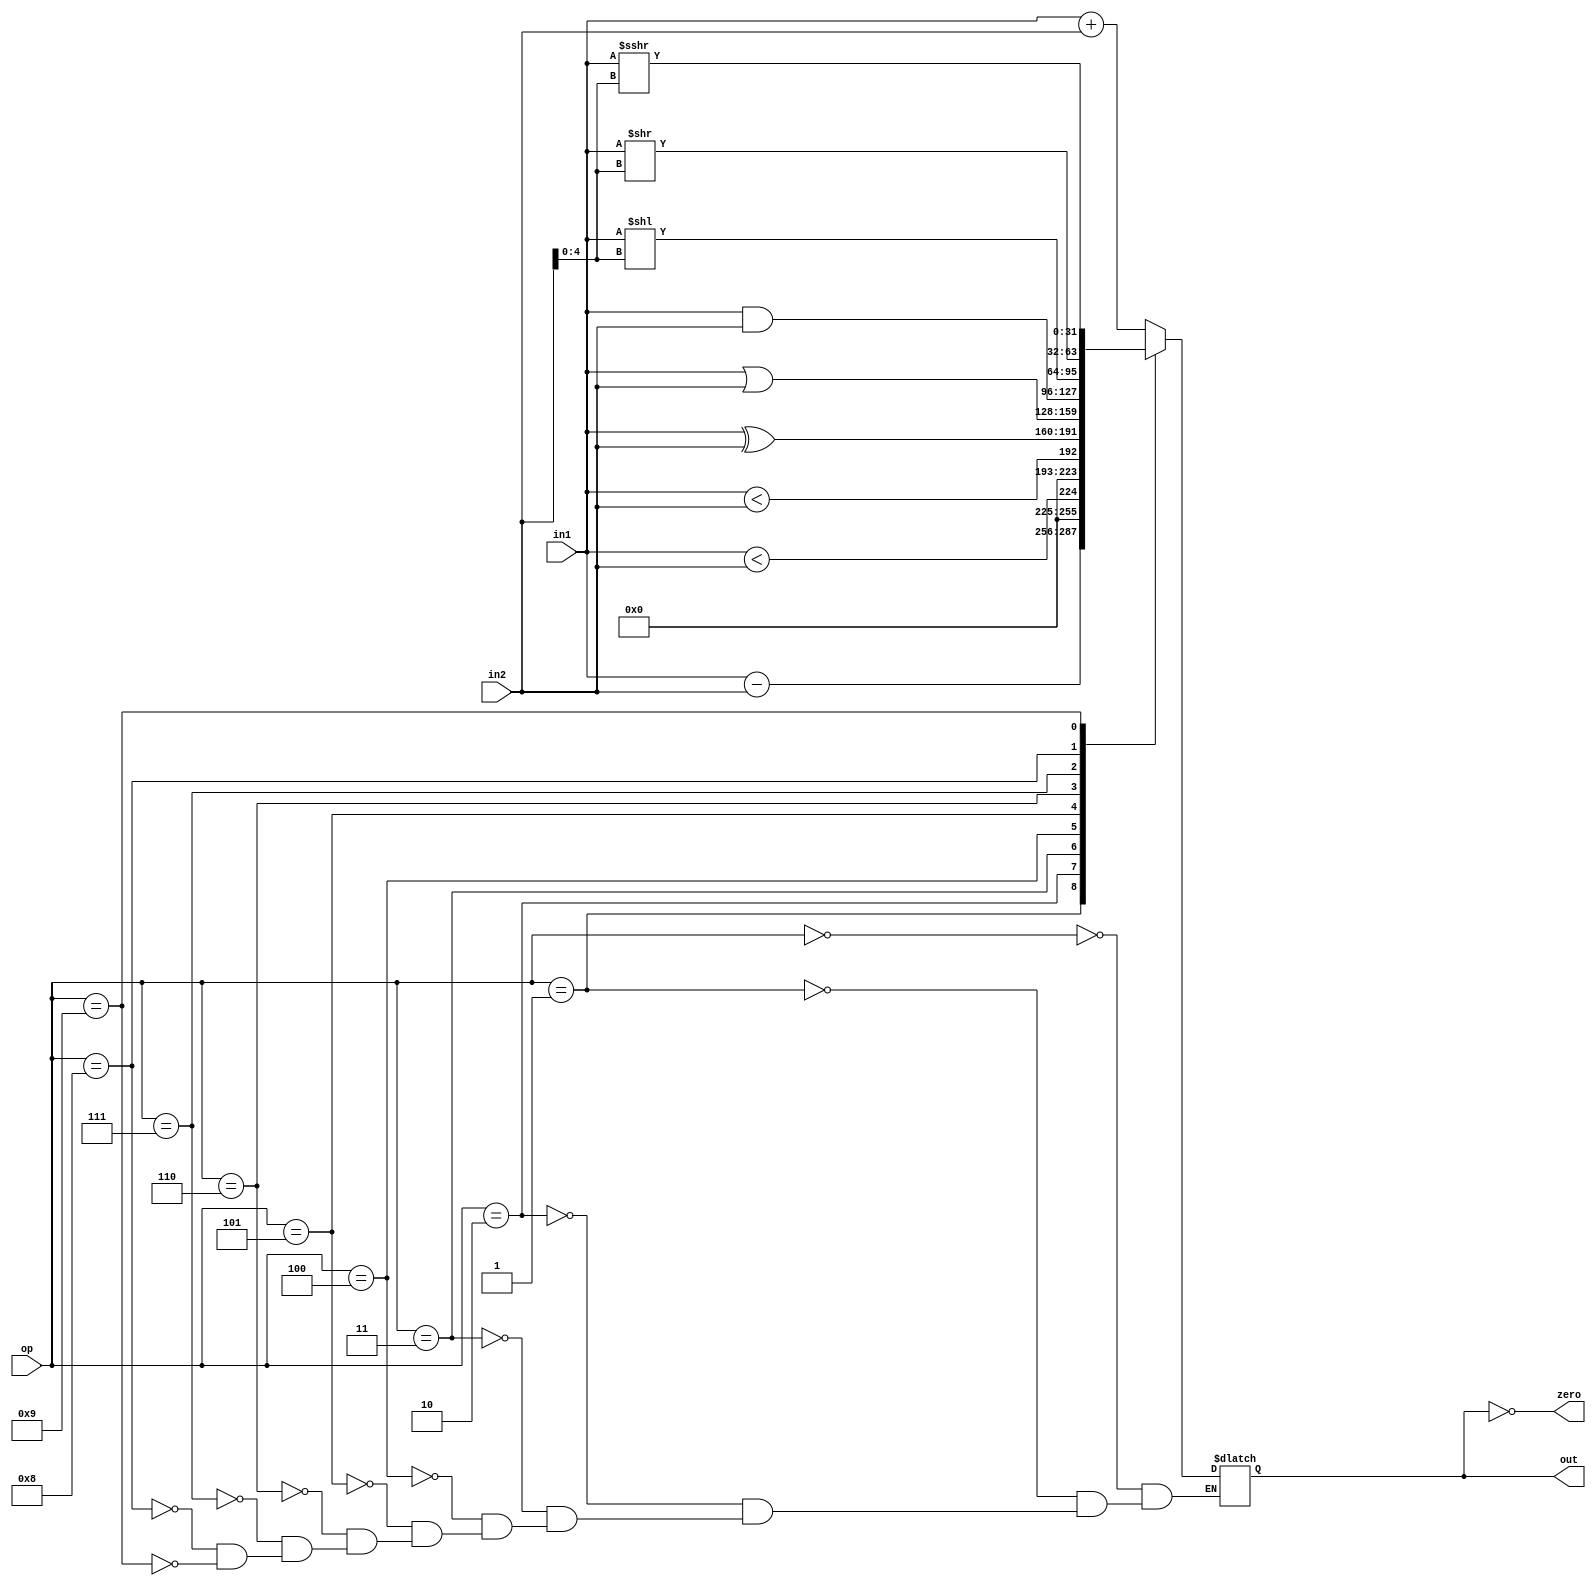
module alu(
    input [31:0] in1,		// First operand
    input [31:0] in2,		// Second operand
    input [3:0] op,			// opcode encoding 
    output reg [31:0] out,	// Output value
	output zero
    );
	
	assign zero = (out == 0);

	always @(in1,in2) begin

        case(op)
			0 : out <= in1 + in2;
			1 : out <= in1 - in2;
            2 : out <= $signed(in1) < $signed(in2); // signed comparison 
            3 : out <= in1 < in2;                   //unsigned comparison
			4 : out <= in1 ^ in2;
			5 : out <= in1 | in2;
			6 : out <= in1 & in2;
			7 : out <= in1 << in2[4:0];
			8 : out <= in1 >> in2[4:0];
			9 : out <= $signed(in1) >>> in2[4:0];
			endcase
    end
	
endmodule